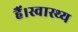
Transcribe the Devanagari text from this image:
हैं।स्वास्थ्य